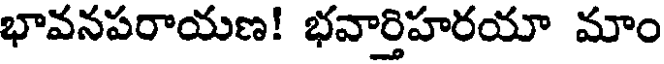
భావనపరాయణ! భవార్తిహరయా మాం